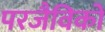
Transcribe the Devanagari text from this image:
परजैविकों